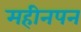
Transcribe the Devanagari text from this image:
महीनपन